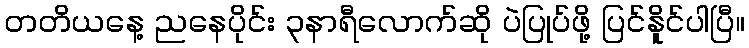
တတိယနေ့ ညနေပိုင်း ၃နာရီလောက်ဆို ပဲပြုပ်ဖို့ ပြင်နိူင်ပါပြီ။